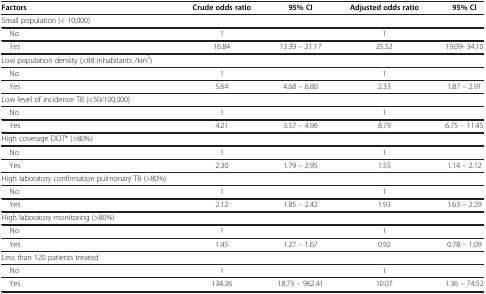
<table><thead><tr><td><b>Factors</b></td><td><b>Crude odds ratio</b></td><td><b>95% CI</b></td><td><b>Adjusted odds ratio</b></td><td><b>95% CI</b></td></tr></thead><tbody><tr><td>Small population (&lt; 10,000)</td><td> </td><td> </td><td> </td><td> </td></tr><tr><td> No</td><td>1</td><td> </td><td>1</td><td> </td></tr><tr><td> Yes</td><td>16.84</td><td>13.39 – 21.17</td><td>25.52</td><td>19.09- 34.10</td></tr><tr><td>Low population density (&lt;88 inhabitants /km<sup>2</sup>)</td><td> </td><td> </td><td> </td><td> </td></tr><tr><td> No</td><td>1</td><td> </td><td>1</td><td> </td></tr><tr><td> Yes</td><td>5.64</td><td>4.68 – 6.80</td><td>2.33</td><td>1.87 – 2.91</td></tr><tr><td>Low level of incidence TB (&lt;50/100,000)</td><td> </td><td> </td><td> </td><td> </td></tr><tr><td> No</td><td>1</td><td> </td><td>1</td><td> </td></tr><tr><td> Yes</td><td>4.21</td><td>3.57 – 4.96</td><td>8.79</td><td>6.75 – 11.45</td></tr><tr><td>High coverage DOT* (&gt;80%)</td><td> </td><td> </td><td> </td><td> </td></tr><tr><td> No</td><td>1</td><td> </td><td>1</td><td> </td></tr><tr><td> Yes</td><td>2.30</td><td>1.79 – 2.95</td><td>1.55</td><td>1.14 – 2.12</td></tr><tr><td>High laboratory confirmation pulmonary TB (&gt;80%)</td><td> </td><td> </td><td> </td><td> </td></tr><tr><td> No</td><td>1</td><td> </td><td>1</td><td> </td></tr><tr><td> Yes</td><td>2.12</td><td>1.85 – 2.42</td><td>1.93</td><td>1.63 – 2.29</td></tr><tr><td>High laboratory monitoring (&gt;80%)</td><td> </td><td> </td><td> </td><td> </td></tr><tr><td> No</td><td>1</td><td> </td><td>1</td><td> </td></tr><tr><td> Yes</td><td>1.45</td><td>1.27 – 1.67</td><td>0.92</td><td>0.78 – 1.09</td></tr><tr><td>Less than 120 patients treated</td><td> </td><td> </td><td> </td><td> </td></tr><tr><td> No</td><td>1</td><td> </td><td>1</td><td> </td></tr><tr><td> Yes</td><td>134.26</td><td>18.73 – 962.41</td><td>10.07</td><td>1.36 – 74.52</td></tr></tbody></table>